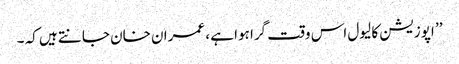
’’ اپوزیشن کا لیول اس وقت گرا ہوا ہے ، عمران خان جانتے ہیں کہ ۔